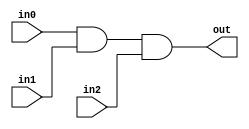
module TC_And3(in0, in1, in2, out);
    parameter UUID = 0;
    parameter NAME = "";
    parameter BIT_WIDTH = 1;
    input [BIT_WIDTH-1:0] in0;
    input [BIT_WIDTH-1:0] in1;
    input [BIT_WIDTH-1:0] in2;
    output [BIT_WIDTH-1:0] out;
    
    assign out = in0 & in1 & in2;
endmodule